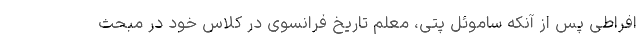
افراطی پس از آنکه ساموئل پتی، معلم تاریخ فرانسوی در کلاس خود در مبحث